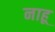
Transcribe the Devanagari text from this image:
नाहू